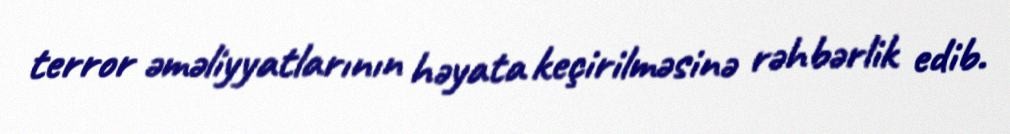
terror əməliyyatlarının həyata keçirilməsinə rəhbərlik edib.